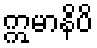
ဣမာနိပိ